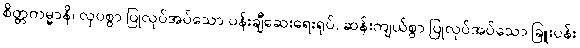
စိတ္တကမ္မာနိ၊ လှပစွာ ပြုလုပ်အပ်သော ပန်းချီဆေးရေးရုပ်, ဆန်းကျယ်စွာ ပြုလုပ်အပ်သော ခြူးပန်း